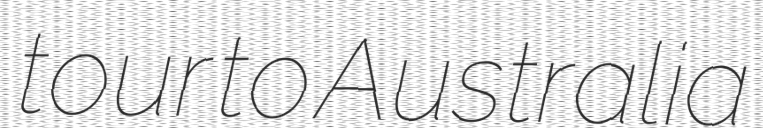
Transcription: tour to Australia